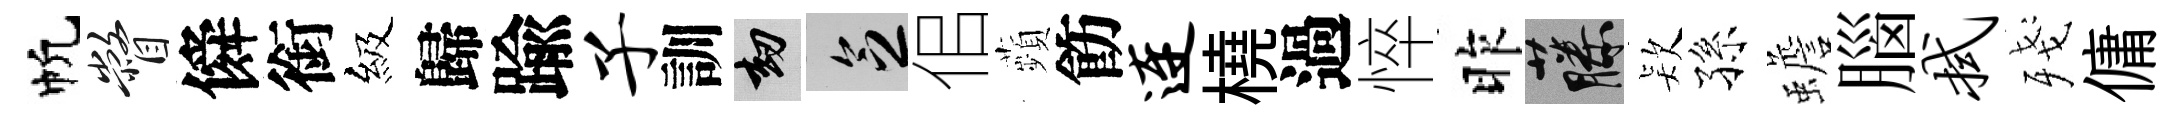
帆瞥僢銜級歸踰子訓劫乏佀蘋飭连橈過悴昨藤𣣇孫蟾腦拭殘傭